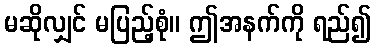
မဆိုလျှင် မပြည့်စုံ။ ဤအနက်ကို ရည်၍